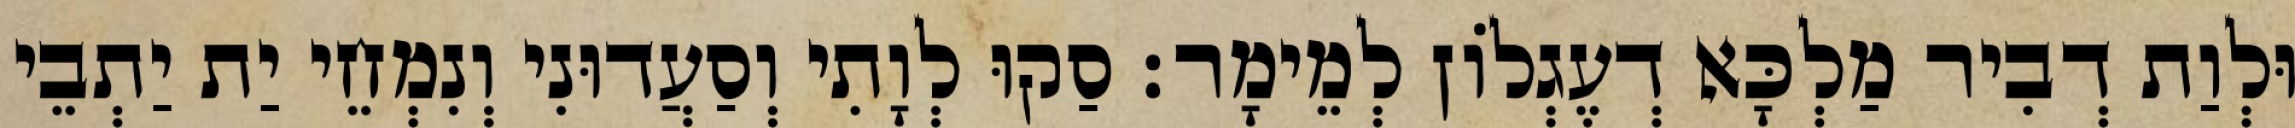
וּלְוַת דְבִיר מַלְכָּא דְעֶגְלוֹן לְמֵימָר׃ סַקוּ לְוָתִי וְסַעֲדוּנִי וְנִמְחֵי יַת יַתְבֵי